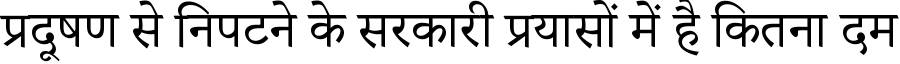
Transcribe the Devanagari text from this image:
प्रदूषण से निपटने के सरकारी प्रयासों में है कितना दम